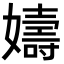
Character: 嬦